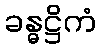
ခန္ဓဋ္ဌိကံ